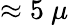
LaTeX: \approx 5~\mu